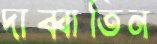
দাব্বাতিন